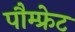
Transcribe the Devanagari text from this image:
पौम्‍फ्रेट